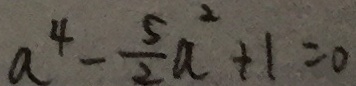
a ^ { 4 } - \frac { 5 } { 2 } a ^ { 2 } + 1 = 0